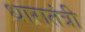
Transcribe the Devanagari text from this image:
धारातंत्री